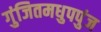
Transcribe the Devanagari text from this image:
गुंजितमधुपपुंज